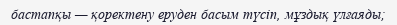
бастапқы — қоректену еруден басым түсіп, мұздық үлғаяды;